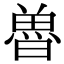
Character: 𮫲